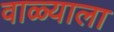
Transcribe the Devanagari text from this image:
वाळ्याला